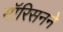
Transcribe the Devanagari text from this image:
मॉरिसनने